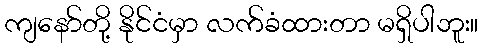
ကျနော်တို့ နိုင်ငံမှာ လက်ခံထားတာ မရှိပါဘူး။